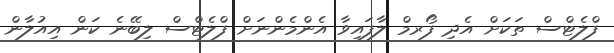
ފްލެޓްސް ތަަކަށް އެދި ފޯރމް ލާފައިވާ އެންމެންނަށް ފްލެޓްސް ލިބޭނެ ކަން އިއުލާން